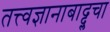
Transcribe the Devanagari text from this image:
तत्त्वज्ञानाबाद्द्लचा